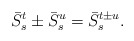
\begin{align*}\bar{S}^{t}_{s}\pm \bar{S}^{u}_{s}=\bar{S}^{t\pm u}_{s}.\end{align*}